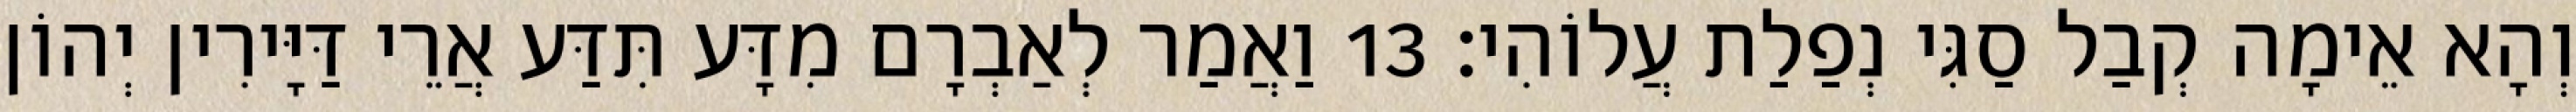
וְהָא אֵימָה קְבַל סַגִּי נְפַלַת עֲלוֹהִי׃ 13 וַאֲמַר לְאַבְרָם מִדָּע תִּדַּע אֲרֵי דַּיָּירִין יְהוֹן